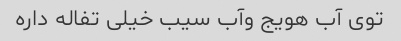
توی آب هویج وآب سیب خیلی تفاله داره